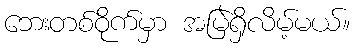
ဘေးတစ်ဝိုက်မှာ အမြဲရှိလိမ့်မယ်။